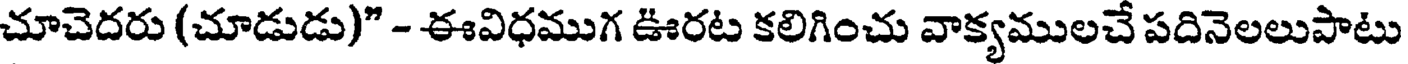
చూచెదరు (చూడుడు)" - ఈవిధముగ ఊరట కలిగించు వాక్యములచే పదినెలలుపాటు